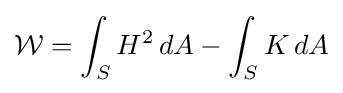
{\mathcal {W}}=\int _{S}H^{2}\,dA-\int _{S}K\,dA